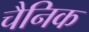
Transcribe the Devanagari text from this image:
चैनिक